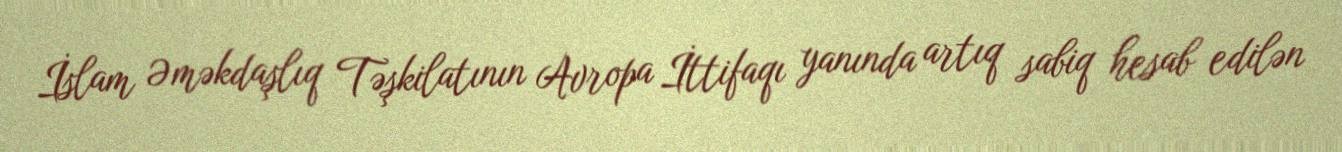
İslam Əməkdaşlıq Təşkilatının Avropa İttifaqı yanında artıq sabiq hesab edilən